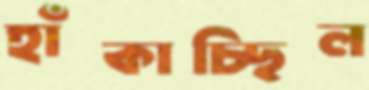
হাঁকাচ্ছিল